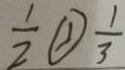
\frac { 1 } { 2 } \textcircled { > } \frac { 1 } { 3 }